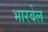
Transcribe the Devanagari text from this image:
भारवेल